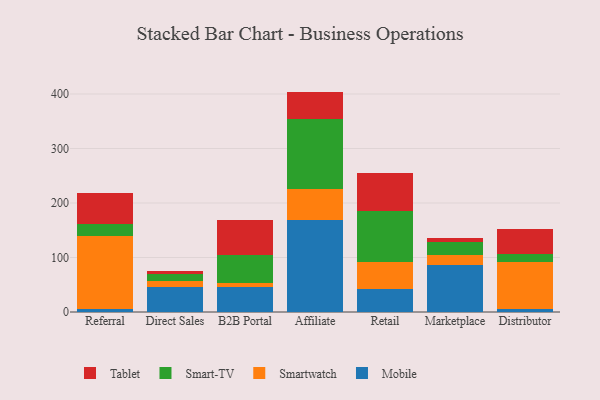
{"axis": {"x": "Channel", "y": "Bounce Rate (%)"}, "legend": ["Mobile", "Smart-TV", "Smartwatch", "Tablet"], "data": [{"x": "Referral", "y": 6.0, "type": "Mobile"}, {"x": "Referral", "y": 133.1, "type": "Smartwatch"}, {"x": "Referral", "y": 22.4, "type": "Smart-TV"}, {"x": "Referral", "y": 56.4, "type": "Tablet"}, {"x": "Direct Sales", "y": 45.4, "type": "Mobile"}, {"x": "Direct Sales", "y": 10.6, "type": "Smartwatch"}, {"x": "Direct Sales", "y": 13.8, "type": "Smart-TV"}, {"x": "Direct Sales", "y": 5.1, "type": "Tablet"}, {"x": "B2B Portal", "y": 45.7, "type": "Mobile"}, {"x": "B2B Portal", "y": 8.0, "type": "Smartwatch"}, {"x": "B2B Portal", "y": 51.8, "type": "Smart-TV"}, {"x": "B2B Portal", "y": 64.2, "type": "Tablet"}, {"x": "Affiliate", "y": 168.2, "type": "Mobile"}, {"x": "Affiliate", "y": 56.9, "type": "Smartwatch"}, {"x": "Affiliate", "y": 129.4, "type": "Smart-TV"}, {"x": "Affiliate", "y": 49.9, "type": "Tablet"}, {"x": "Retail", "y": 42.2, "type": "Mobile"}, {"x": "Retail", "y": 49.4, "type": "Smartwatch"}, {"x": "Retail", "y": 94.5, "type": "Smart-TV"}, {"x": "Retail", "y": 68.3, "type": "Tablet"}, {"x": "Marketplace", "y": 86.8, "type": "Mobile"}, {"x": "Marketplace", "y": 17.2, "type": "Smartwatch"}, {"x": "Marketplace", "y": 24.3, "type": "Smart-TV"}, {"x": "Marketplace", "y": 8.0, "type": "Tablet"}, {"x": "Distributor", "y": 6.1, "type": "Mobile"}, {"x": "Distributor", "y": 85.1, "type": "Smartwatch"}, {"x": "Distributor", "y": 14.8, "type": "Smart-TV"}, {"x": "Distributor", "y": 46.9, "type": "Tablet"}]}